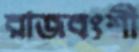
রাজবংশী